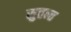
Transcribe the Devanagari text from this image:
सुत्तन्त